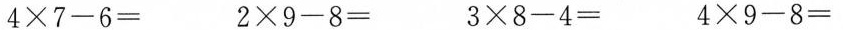
4\times7-6= 2\times9-8= 3\times8-4= 4\times9-8=